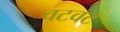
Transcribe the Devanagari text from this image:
वटवट